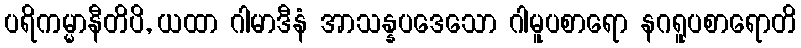
ပရိကမ္မာနီတိပိ, ယထာ ဂါမာဒီနံ အာသန္နပဒေသော ဂါမူပစာရော နဂရူပစာရောတိ